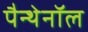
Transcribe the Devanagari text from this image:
पैन्थेनॉल